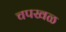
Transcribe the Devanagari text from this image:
चपखळ